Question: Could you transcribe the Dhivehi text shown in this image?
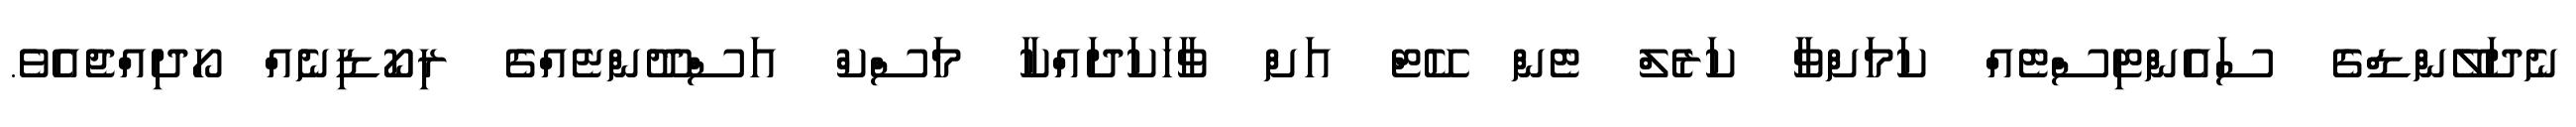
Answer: ނެދަލޭންޑްގެ ސައެންޓިސްޓެއް ކަމަށްވާ ކަރެލް ޓެން ކޭޓް އަށް ވާހަކަދައްކާ މަސްކް އަސްދޫންޏެއްގެ ރިކޯޑިނެއް ހޯދިއްޖެއެވެ.